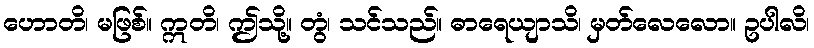
ဟောတိ၊ မဖြစ်။ ဣတိ၊ ဤသို့။ တွံ၊ သင်သည်။ ဓာရေယျာသိ၊ မှတ်လေလော။ ဥပါလိ၊